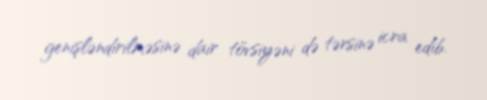
genişləndirilməsinə dair tövsiyəni də tərsinə icra edib.